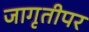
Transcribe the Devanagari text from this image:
जागृतीपर